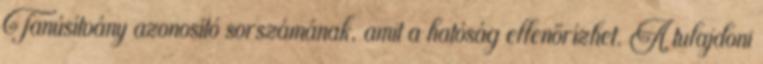
Tanúsítvány azonosító sorszámának, amit a hatóság ellenőrízhet. A tulajdoni